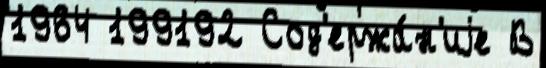
1964 199192 Сод'ержа́н'иjе В